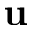
\mathbf { u }